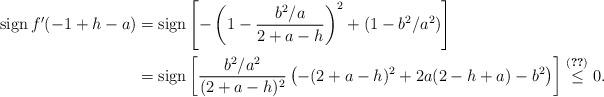
LaTeX: \begin{align*}\operatorname*{sign} f^\prime(-1+h-a) &= \operatorname*{sign} \left[ - \left(1 - \frac{b^2/a}{2 + a -h}\right)^2 + (1 - b^2/a^2)\right] \\ & = \operatorname*{sign} \left[ \frac{b^2/a^2}{(2+a-h)^2} \left( - (2+a-h)^2 + 2 a (2-h+a) - b^2\right)\right] \stackrel{(\ref{eq:lemma:inclusion-101})}{\leq} 0. \end{align*}